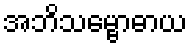
အဘိသမ္ဗောဓာယ